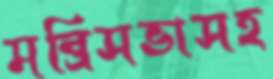
মন্ত্রিসভাসহ